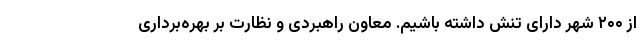
از ۲۰۰ شهر دارای تنش داشته باشیم. معاون راهبردی و نظارت بر بهره‌برداری